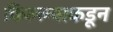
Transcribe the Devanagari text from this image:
किल्ल्याकडून